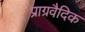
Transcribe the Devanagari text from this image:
प्राग्रवैदिक